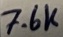
Text: 7.6K